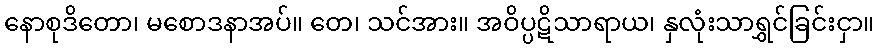
နောစုဒိတော၊ မစောဒနာအပ်။ တေ၊ သင်အား။ အဝိပ္ပဋိသာရာယ၊ နှလုံးသာရွှင်ခြင်းငှာ။